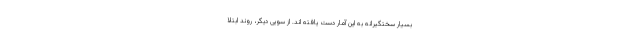
بسیار سختگیرانه به این آمار دست یافته اند. از سویی دیگر، روند ابتلا